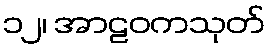
၁၂၊ အာဠဝကသုတ်